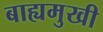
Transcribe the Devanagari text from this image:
बाह्यमुखी